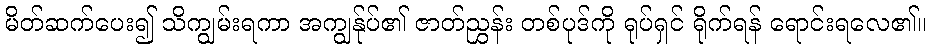
မိတ်ဆက်ပေး၍ သိကျွမ်းရကာ အကျွန်ုပ်၏ ဇာတ်ညွှန်း တစ်ပုဒ်ကို ရုပ်ရှင် ရိုက်ရန် ရောင်းရလေ၏။